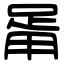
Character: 𤰉